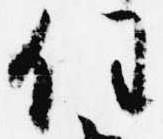
任